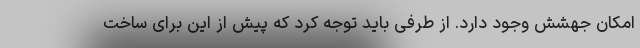
امکان جهشش وجود دارد. از طرفی باید توجه کرد که پیش از این برای ساخت